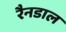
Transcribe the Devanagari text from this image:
रैनडाल